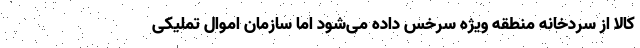
کالا از سردخانه منطقه ویژه سرخس داده می‌شود اما سازمان اموال تملیکی